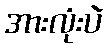
အားလုံးပဲ